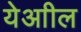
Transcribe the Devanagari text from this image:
येआील